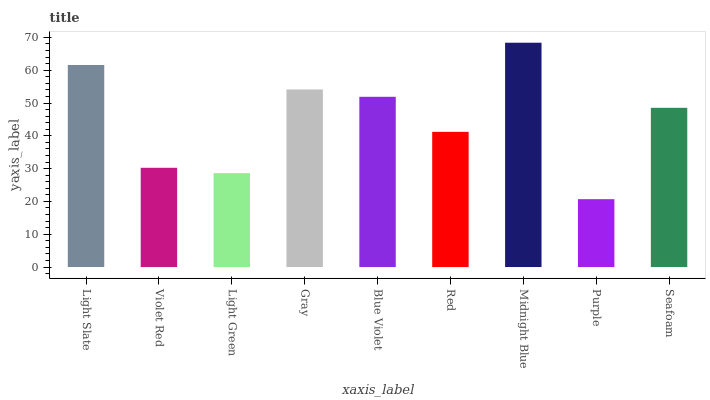
| xaxis_label | bars |
 | --- | --- |
 | Light Slate | 61.6 |
 | Violet Red | 30.3 |
 | Light Green | 28.6 |
 | Gray | 54.1 |
 | Blue Violet | 51.9 |
 | Red | 41.2 |
 | Midnight Blue | 68.4 |
 | Purple | 20.7 |
 | Seafoam | 48.5 |